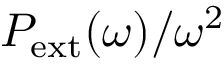
P _ { \mathrm { e x t } } ( \omega ) / \omega ^ { 2 }